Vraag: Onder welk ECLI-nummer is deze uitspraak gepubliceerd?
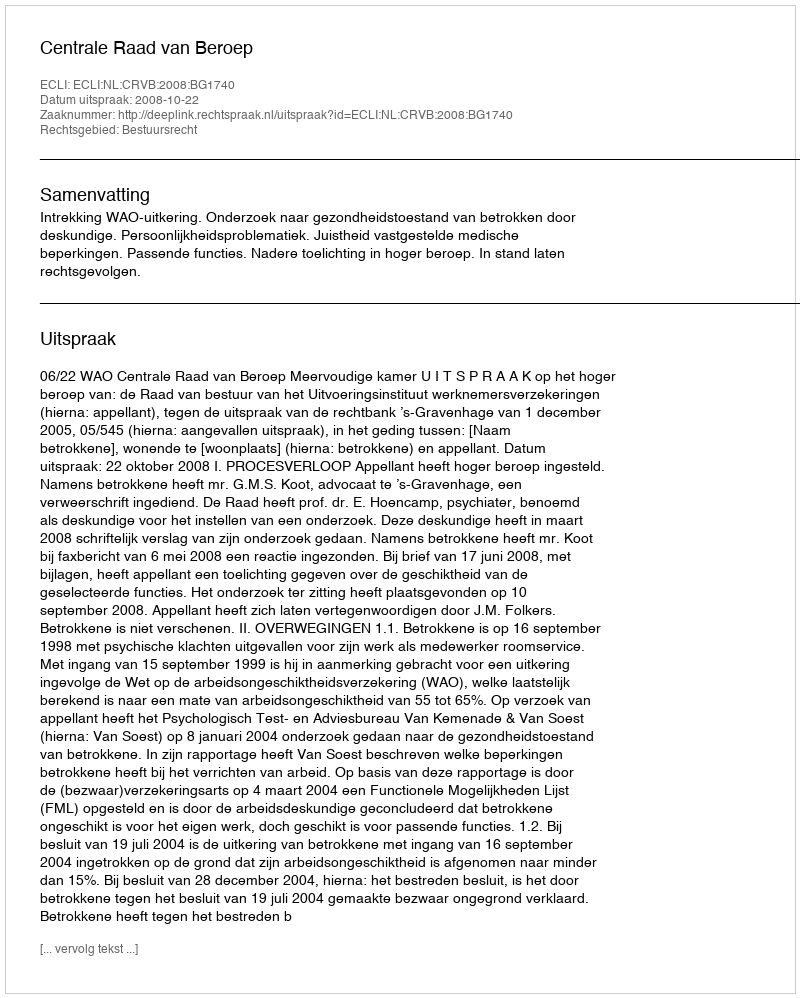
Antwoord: ECLI:NL:CRVB:2008:BG1740